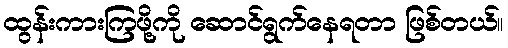
ထွန်းကားကြဖို့ကို ဆောင်ရွက်နေရတာ ဖြစ်တယ်။